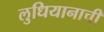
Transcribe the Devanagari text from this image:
लुधियानाची